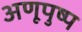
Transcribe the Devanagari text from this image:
अणूपुष्प